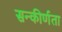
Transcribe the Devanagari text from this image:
सन्कीर्णता